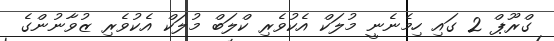
ގްރޫޕް 2 ގައި ހިމެނެނީ މުލަކް އެކުވެރި ކްލަބް މުލަކް އެކުވެރި ޒުވާނުންގެ